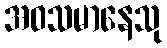
အဝသမာနေသု